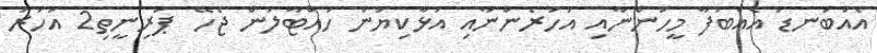
އެއްބަނޑު އެއްބަފާ މީހުންނާއި އަހަރެންނާއި އަޅާކިޔުން ހުއްޓާލަން ޖެހޭ  ޕަރިނީތި2 އަހަރު